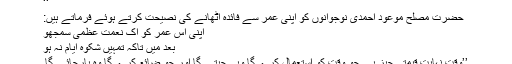
‘‘
حضرت مصلح موعودؓ احمدی نوجوانوں کو اپنی عمر سے فائدہ اٹھانے کی نصیحت کرتے ہوئے فرماتے ہیں:
اپنی اس عمر کو اک نعمتِ عُظمیٰ سمجھو
بعد میں تاکہ تمہیں شکوۂ ایّام نہ ہو
’’وقت نہایت قیمتی چیز ہے جو وقت کو استعمال کرے گا وہی جیتے گا اور جو ضائع کرے گا وہ ہارجائے گا۔